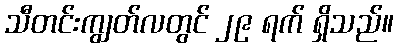
သီတင်းကျွတ်လတွင် ၂၉ ရက် ရှိသည်။